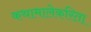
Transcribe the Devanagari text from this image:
कथामालेकरिता